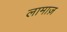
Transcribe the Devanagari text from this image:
लामाज़